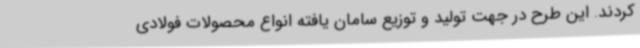
کردند. این طرح در جهت تولید و توزیع سامان یافته انواع محصولات فولادی